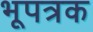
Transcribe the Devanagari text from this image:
भूपत्रक